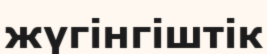
жүгінгіштік